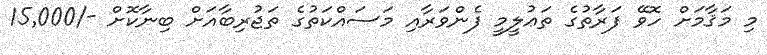
މި މަޤާމަށް ހޮވޭ ފަރާތުގެ ތަޢުލީމީ ފެންވަރާއި މަސައްކަތުގެ ތަޖުރިބާއަށް ބިނާކޮށް -/15